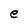
Character: e